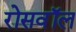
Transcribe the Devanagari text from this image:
रोसवॉल